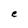
Character: e